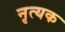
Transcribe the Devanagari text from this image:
नृत्यक